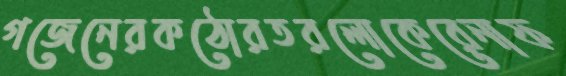
গজেনেরকঠোরতরলোকেরেনাফ